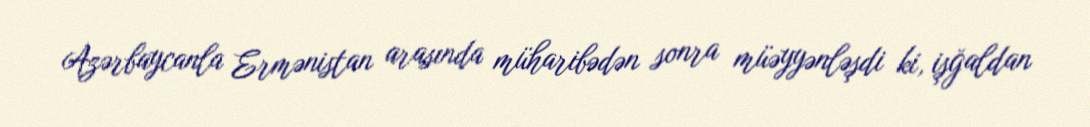
Azərbaycanla Ermənistan arasında müharibədən sonra müəyyənləşdi ki, işğaldan